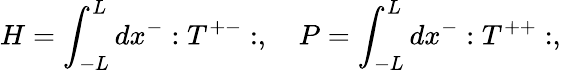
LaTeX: H=\int_{-L}^{L}dx^{-}:T^{+-}:,\quad P=\int_{-L}^{L}dx^{-}:T^{++}:,